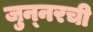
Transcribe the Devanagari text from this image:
जुन्‍नरची